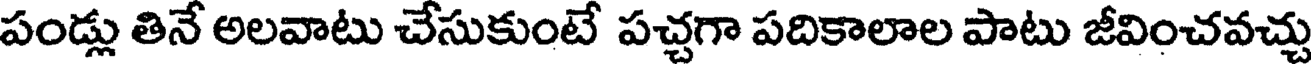
పండ్లు తినే అలవాటు చేసుకుంటే పచ్చగా పదికాలాల పాటు జీవించవచ్చు